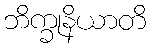
ဘိက္ခုနိယာတိ